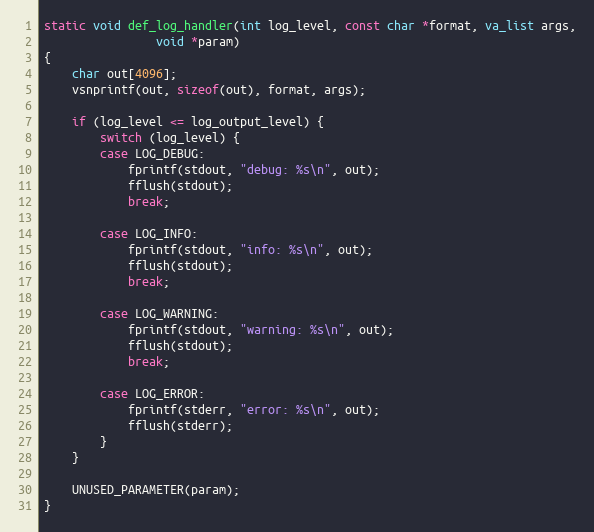
Language: C
static void def_log_handler(int log_level, const char *format, va_list args,
			    void *param)
{
	char out[4096];
	vsnprintf(out, sizeof(out), format, args);

	if (log_level <= log_output_level) {
		switch (log_level) {
		case LOG_DEBUG:
			fprintf(stdout, "debug: %s\n", out);
			fflush(stdout);
			break;

		case LOG_INFO:
			fprintf(stdout, "info: %s\n", out);
			fflush(stdout);
			break;

		case LOG_WARNING:
			fprintf(stdout, "warning: %s\n", out);
			fflush(stdout);
			break;

		case LOG_ERROR:
			fprintf(stderr, "error: %s\n", out);
			fflush(stderr);
		}
	}

	UNUSED_PARAMETER(param);
}